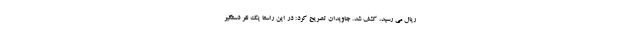
ریال می رسید، کشف شد. جاویدان تصریح کرد: در این راستا یک نفر دستگیر